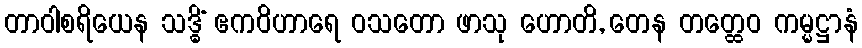
တာဝါစရိယေန သဒ္ဓိံ ဧကဝိဟာရေ ဝသတော ဖာသု ဟောတိ, တေန တတ္ထေဝ ကမ္မဋ္ဌာနံ